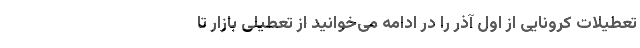
تعطیلات کرونایی از اول آذر را در ادامه می‌خوانید از تعطیلی بازار تا